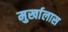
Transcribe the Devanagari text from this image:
मुर्खालास